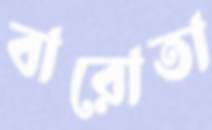
বারোতা